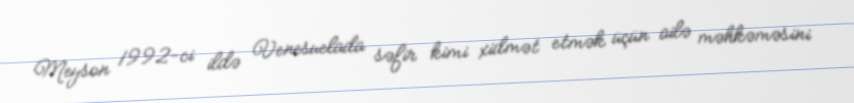
Meyson 1992-ci ildə Venesuelada səfir kimi xidmət etmək üçün ailə məhkəməsini